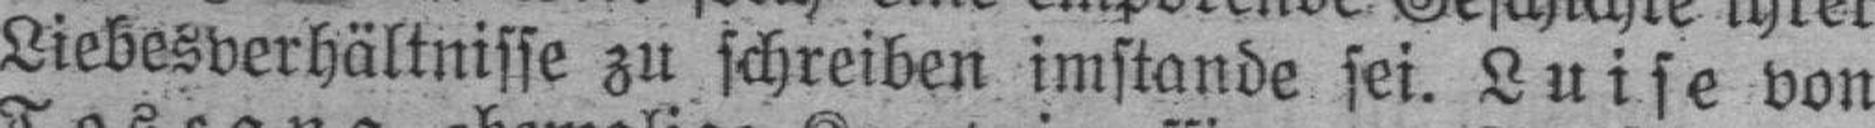
Liebesverhältnisse zu schreiben imstande sei. Luise von